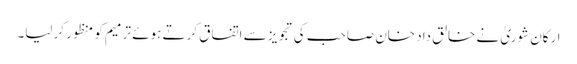
ارکان شوریٰ نے خالق داد خان صاحب کی تجویز سے اتفاق کرتے ہوئے ترمیم کو منظور کرلیا۔